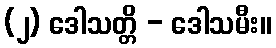
(၂) ဒေါသတ္တိ - ဒေါသမီး။